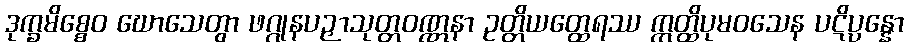
ဒုက္ခမိစ္စေဝ ဃောသေတွာ ဖဂ္ဂုနပဉှာသုတ္တဝဏ္ဏနာ ဥတ္တိယတ္ထေရဿ ဣတ္ထိပုမဝသေန ပဋိပ္ပန္နော